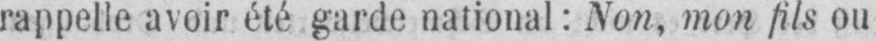
rappelle avoir été garde national: Non, mon fils ou